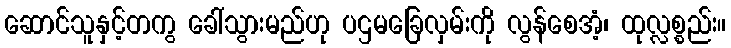
ဆောင်သူနှင့်တကွ ခေါ်သွားမည်ဟု ပဌမခြေလှမ်းကို လွန်စေအံ့၊ ထုလ္လစ္စည်း။